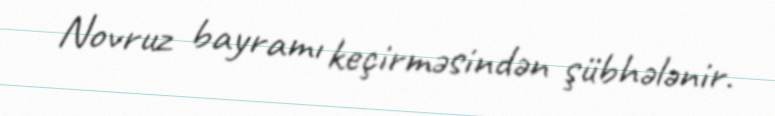
Novruz bayramı keçirməsindən şübhələnir.